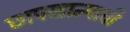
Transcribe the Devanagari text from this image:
छापखान्याची